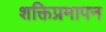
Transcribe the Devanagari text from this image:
शक्तिप्रमापन